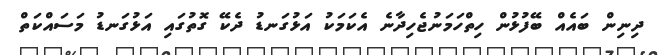
ދިނިން ބައެއް ބޭފުޅުން ހިތްހަމަނުޖެހިދާނެ އެކަމަކު އަޅުގަނޑު ދެކޭ ގޮތުގައި އަޅުގަނޑު މަސައްކަތް